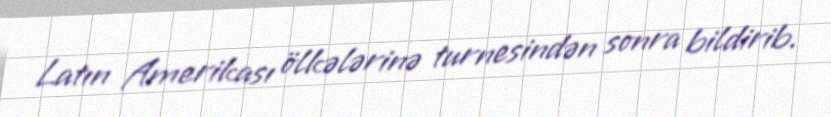
Latın Amerikası ölkələrinə turnesindən sonra bildirib.